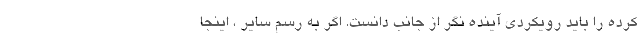
کرده را باید رویکردی آینده نگر از جانب دانست. اگر به رسم سایر ، اینجا